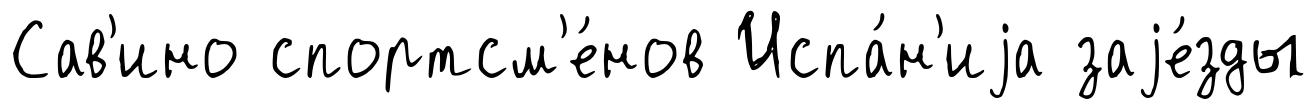
Сав'ино спортсм'е́нов Испа́н'иjа заjе́зды